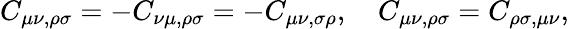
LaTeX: C_{\mu\nu,\rho\sigma}=-C_{\nu\mu,\rho\sigma}=-C_{\mu\nu,\sigma\rho},\quad C_{\mu\nu,\rho\sigma}=C_{\rho\sigma,\mu\nu},